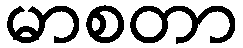
မာစတာ